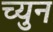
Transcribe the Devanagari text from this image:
च्युन